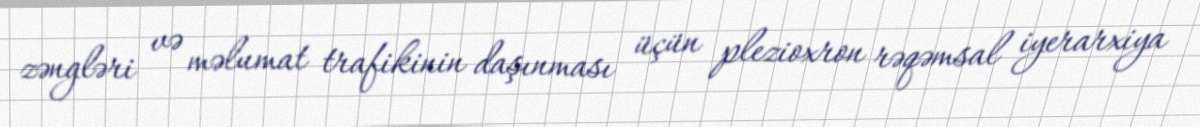
zəngləri və məlumat trafikinin daşınması üçün plezioxron rəqəmsal iyerarxiya